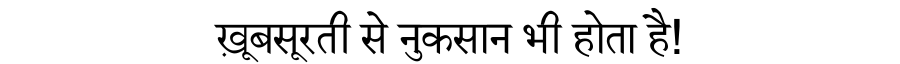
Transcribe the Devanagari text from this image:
ख़ूबसूरती से नुकसान भी होता है!